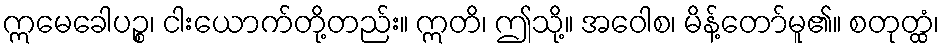
ဣမေခေါပဉ္စ၊ ငါးယောက်တို့တည်း။ ဣတိ၊ ဤသို့။ အဝေါစ၊ မိန့်တော်မူ၏။ စတုတ္ထံ၊